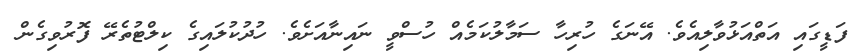
ފަޑީގައި އަތްއަޅުވާލިއެވެ. އޭނަގެ ހުރިހާ ސަމާލުކަމެއް ހުސްވީ ނައިނާއަށެވެ. ހުދުކުލައިގެ ކިލްޓުތެރޭ ފޮރުވިގެން